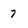
Character: 7